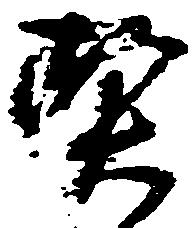
契